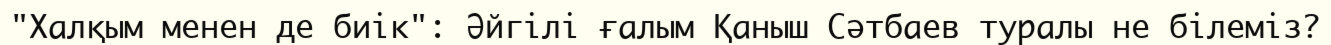
"Халқым менен де биік": Әйгілі ғалым Қаныш Сәтбаев туралы не білеміз?